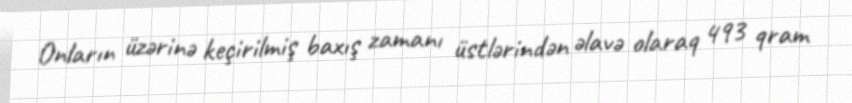
Onların üzərinə keçirilmiş baxış zamanı üstlərindən əlavə olaraq 493 qram